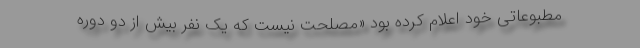
مطبوعاتی خود اعلام کرده بود «مصلحت نیست که یک نفر بیش از دو دوره